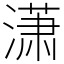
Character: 潇